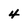
Character: 4